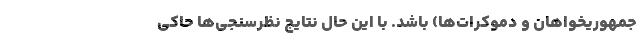
جمهوریخواهان و دموکرات‌ها) باشد. با این حال نتایج نظرسنجی‌ها حاکی